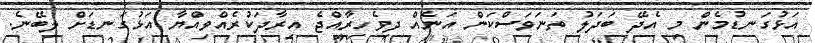
އަޅުގަނޑުމެން މި އެދޭ ބަދަލު ތަނަވަސްކަން އަނެއް ދިވެހިރާއްޖެ އިރާދަކުރެއްވިއްޔާ އަޅުގަނޑަށް ލިބޭނެ.